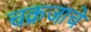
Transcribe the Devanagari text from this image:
चक्रजाचे